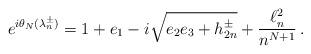
LaTeX: \begin{align*}e^{i\theta_N(\lambda_n^\pm)}= 1+e_1 -i\sqrt{e_2e_3+h_{2n}^\pm}+ \frac{\ell^2_n}{n^{N+1}}\, .\end{align*}